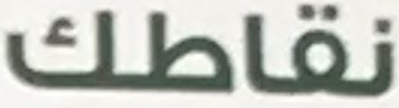
نقاطك